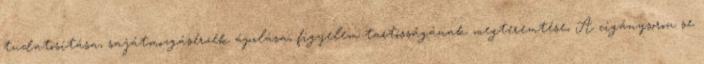
tudatosítása, sajátmozgásérzék ápolása, figyelem tartósságának megteremtése, A cigánysoron se